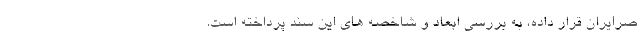
صرایران قرار داده، به بررسی ابعاد و شاخصه های این سند پرداخته است.